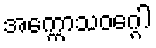
အက္ကောသဝဂ္ဂေါ